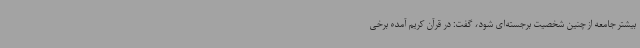
بیشتر جامعه از چنین شخصیت برجسته‌ای شود، گفت: در قرآن کریم آمده برخی